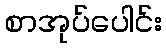
စာအုပ်ပေါင်း